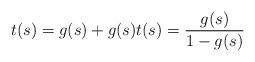
LaTeX: \begin{align*}t(s) = g(s) + g(s)t(s) ={g(s)\over 1 - g(s)}\end{align*}